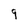
Character: 9